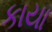
કાયા